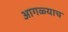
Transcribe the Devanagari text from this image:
आगळ्याच